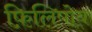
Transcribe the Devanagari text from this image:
फ़िलिपोव